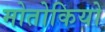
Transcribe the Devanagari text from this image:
मोतोकियो